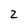
Character: 2